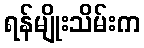
ရန်မျိုးသိမ်းက